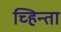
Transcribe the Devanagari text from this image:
च्हिन्ता